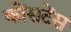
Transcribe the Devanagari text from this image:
कोंसटेंस